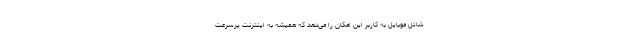
شاتل موبایل به کاربر این امکان را می‌دهد که همیشه به اینترنت پرسرعت